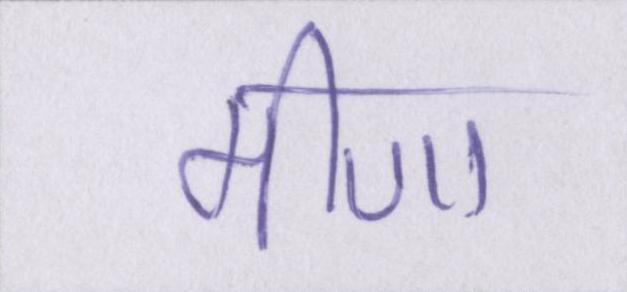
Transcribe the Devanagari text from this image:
मीणा